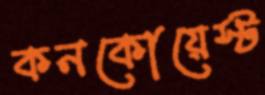
কনকোয়েস্ট